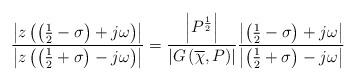
LaTeX: \begin{align*}\frac{\left| z\left(\left(\frac{1}{2}-\sigma\right) + j\omega\right)\right|}{\left|z\left(\left(\frac{1}{2}+\sigma\right) - j\omega \right)\right|} = \frac{\left|P^{\frac{1}{2}}\right|}{\left|G\left(\overline{\chi},P\right)\right|} \frac{\left|\left(\frac{1}{2}-\sigma\right) + j\omega\right|}{\left|\left(\frac{1}{2}+\sigma\right) - j\omega\right|}\end{align*}